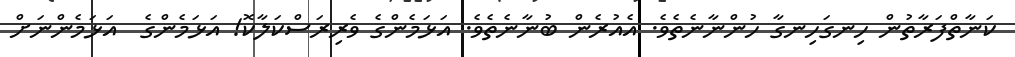
ކަނާތްފަރާތުން ހިނގަހިނގާ ހުންނާނެތެވެ. އެއުރެން ބުނާނެތެވެ. އަޅަމެންގެ ވެރިރަސްކަލާކޮ! އަޅަމެންގެ  އަޅަމެންނަށް